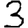
Digit: 3